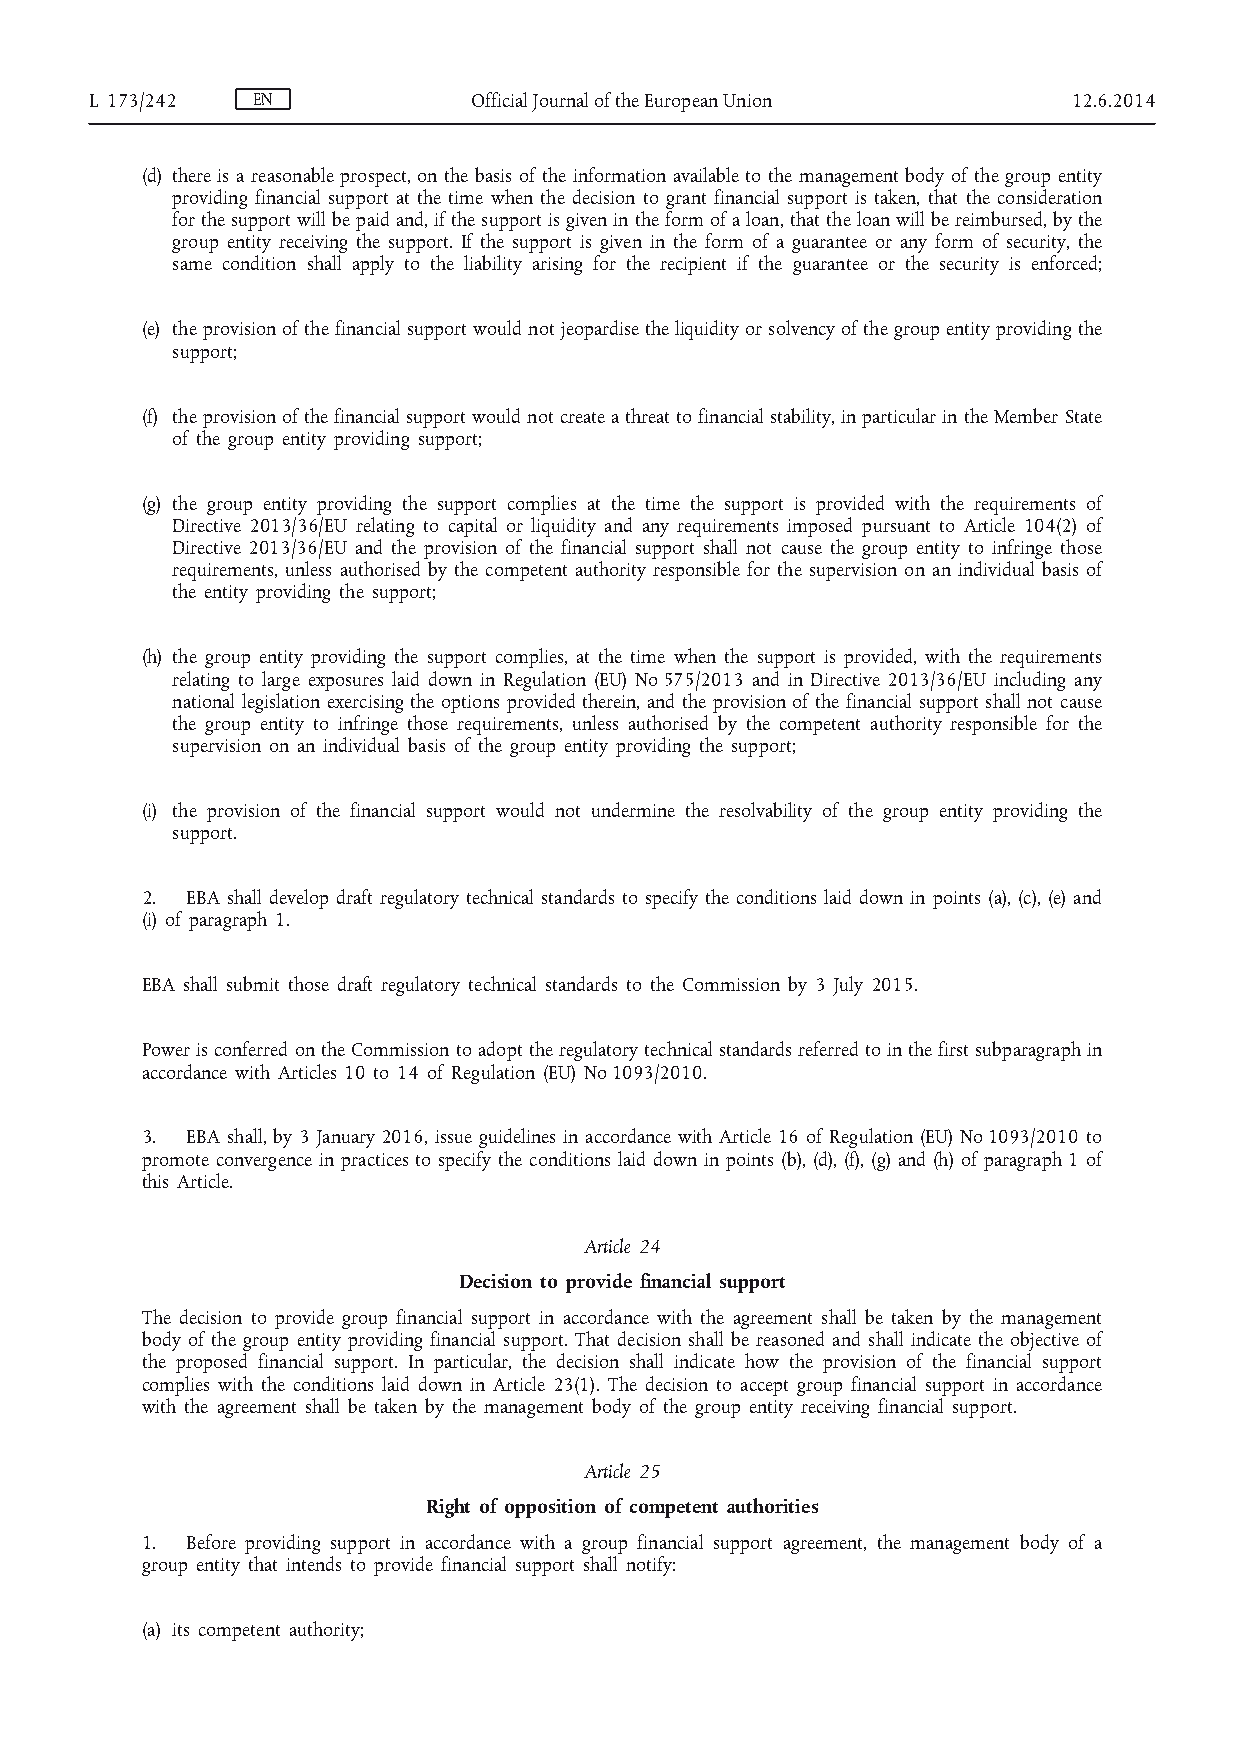
L 173/242  EN            Official Journal of the European Union  12.6.2014
 (d) there is a reasonable prospect, on the basis of the information available to the management body of the group entity
 providing financial support at the time when the decision to grant financial support is taken, that the consideration
 for the support will be paid and, if the support is given in the form of a loan, that the loan will be reimbursed, by the
 group entity receiving the support. If the support is given in the form of a guarantee or any form of security, the
 same condition shall apply to the liability arising for the recipient if the guarantee or the security is enforced;
 (e) the provision of the financial support would not jeopardise the liquidity or solvency of the group entity providing the
 support;
 (f) the provision of the financial support would not create a threat to financial stability, in particular in the Member State
 of the group entity providing support;
 (g) the group entity providing the support complies at the time the support is provided with the requirements of
 Directive 2013/36/EU relating to capital or liquidity and any requirements imposed pursuant to Article 104(2) of
 Directive 2013/36/EU and the provision of the financial support shall not cause the group entity to infringe those
 requirements, unless authorised by the competent authority responsible for the supervision on an individual basis of
 the entity providing the support;
 (h) the group entity providing the support complies, at the time when the support is provided, with the requirements
 relating to large exposures laid down in Regulation (EU) No 575/2013 and in Directive 2013/36/EU including any
 national legislation exercising the options provided therein, and the provision of the financial support shall not cause
 the group entity to infringe those requirements, unless authorised by the competent authority responsible for the
 supervision on an individual basis of the group entity providing the support;
 (i) the provision of the financial support would not undermine the resolvability of the group entity providing the
 support.
 2. EBA shall develop draft regulatory technical standards to specify the conditions laid down in points (a), (c), (e) and
 (i) of paragraph 1.
 EBA shall submit those draft regulatory technical standards to the Commission by 3 July 2015.
 Power is conferred on the Commission to adopt the regulatory technical standards referred to in the first subparagraph in
 accordance with Articles 10 to 14 of Regulation (EU) No 1093/2010.
 3. EBA shall, by 3 January 2016, issue guidelines in accordance with Article 16 of Regulation (EU) No 1093/2010 to
 promote convergence in practices to specify the conditions laid down in points (b), (d), (f), (g) and (h) of paragraph 1 of
 this Article.
 Article 24
 Decision to provide financial support
 The decision to provide group financial support in accordance with the agreement shall be taken by the management
 body of the group entity providing financial support. That decision shall be reasoned and shall indicate the objective of
 the proposed financial support. In particular, the decision shall indicate how the provision of the financial support
 complies with the conditions laid down in Article 23(1). The decision to accept group financial support in accordance
 with the agreement shall be taken by the management body of the group entity receiving financial support.
 Article 25
 Right of opposition of competent authorities
 1. Before providing support in accordance with a group financial support agreement, the management body of a
 group entity that intends to provide financial support shall notify:
 (a) its competent authority;